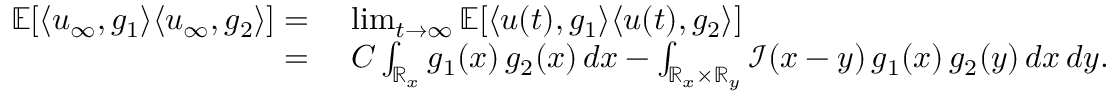
\begin{array} { r l } { \mathbb { E } [ \langle u _ { \infty } , g _ { 1 } \rangle { \langle u _ { \infty } , g _ { 2 } \rangle } ] = } & { \ \operatorname* { l i m } _ { t \rightarrow \infty } \mathbb { E } [ \langle u ( t ) , g _ { 1 } \rangle { \langle u ( t ) , g _ { 2 } \rangle } ] } \\ { = } & { \ C \int _ { \mathbb R _ { x } } g _ { 1 } ( x ) \, g _ { 2 } ( x ) \, d x - \int _ { \mathbb R _ { x } \times \mathbb R _ { y } } \mathcal { I } ( x - y ) \, g _ { 1 } ( x ) \, g _ { 2 } ( y ) \, d x \, d y . } \end{array}